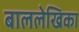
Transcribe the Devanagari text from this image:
बाललेखिका